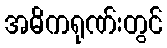
အဓိကရုဏ်းတွင်